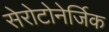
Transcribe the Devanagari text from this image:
सेरोटोनेर्जिक